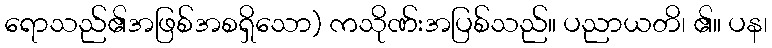
ရောသည်၏အဖြစ်အစရှိသော) ကသိုဏ်းအပြစ်သည်။ ပညာယတိ၊ ၏။ ပန၊